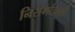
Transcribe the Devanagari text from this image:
निसर्गाचाही